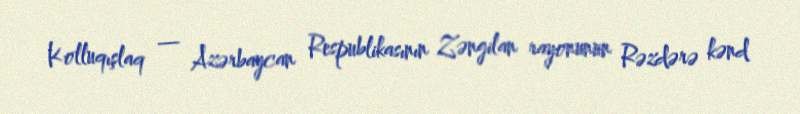
Kolluqışlaq — Azərbaycan Respublikasının Zəngilan rayonunun Rəzdərə kənd